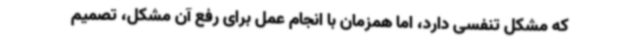
که مشکل تنفسی دارد، اما همزمان با انجام عمل برای رفع آن مشکل، تصمیم